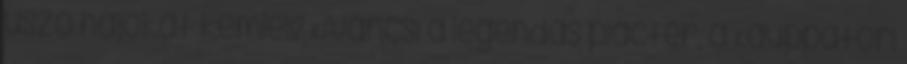
úszó hajókat kémleli? Kíváncsi a legendás piactér, a Kauppatori